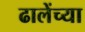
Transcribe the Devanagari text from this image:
ढालेंच्या